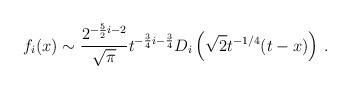
LaTeX: \begin{align*}f_i(x) \sim {2^{-{5\over 2}i-2}\over\sqrt\pi} t^{-{3\over 4}i - {3\over 4}}D_i\left(\sqrt{2} t^{-1/4}(t-x)\right) \, .\end{align*}